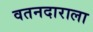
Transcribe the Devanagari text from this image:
वतनदाराला